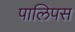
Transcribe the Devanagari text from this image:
पालिपस